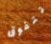
تتفوق